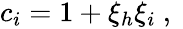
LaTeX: \begin{array}{r}{c_{i}=1+\xi_{h}\xi_{i}\mathrm{~,~}}\end{array}